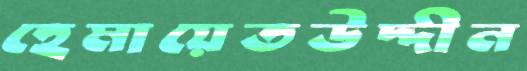
হেমায়েতউদ্দীন